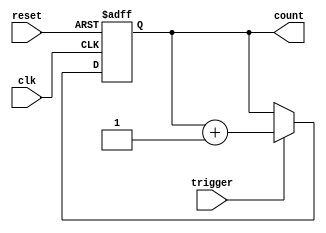
module Counter (
    input clk, // clock input
    input trigger, // trigger signal
    input reset, // asynchronous reset signal
    output reg [7:0] count // count value output
);

always @ (posedge clk or posedge reset) begin
    if (reset) begin
        count <= 8'b0; // reset count value to zero
    end else if (trigger) begin
        count <= count + 1; // increment count value by one
    end
end

endmodule